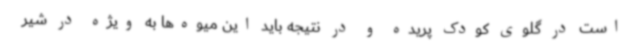
است در گلوی کودک پریده و در نتیجه باید این میوه‌ها به ویژه در شیر